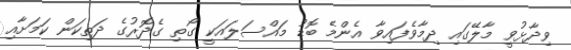
ވިދާޅުވީ މާލޭގައި ދިމާވެފައިވާ އެންމެ ބޮޑު މައްސަލައަކީ ގޯތި ގެދޮރުގެ ދަތިކަން ކަމަށާއި